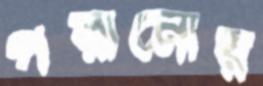
পরানোয়